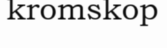
kromskop